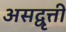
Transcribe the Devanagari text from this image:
असद्वृत्ती